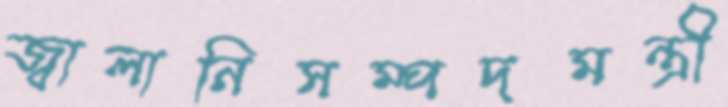
জ্বালানিসম্পদমন্ত্রী